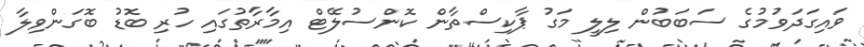
ވައިގަދަވުމުގެ ސަބަބުން ލިލީ މަގު ޕާކިސްތާން ކޮންސުލޭޓް އިމާރާތުގައި ހުރި ބޮޑު ބޮގަންވިލާ